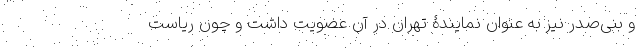
و بنی‌صدر نیز به عنوان نمایندۀ تهران در آن عضویت داشت و چون ریاست